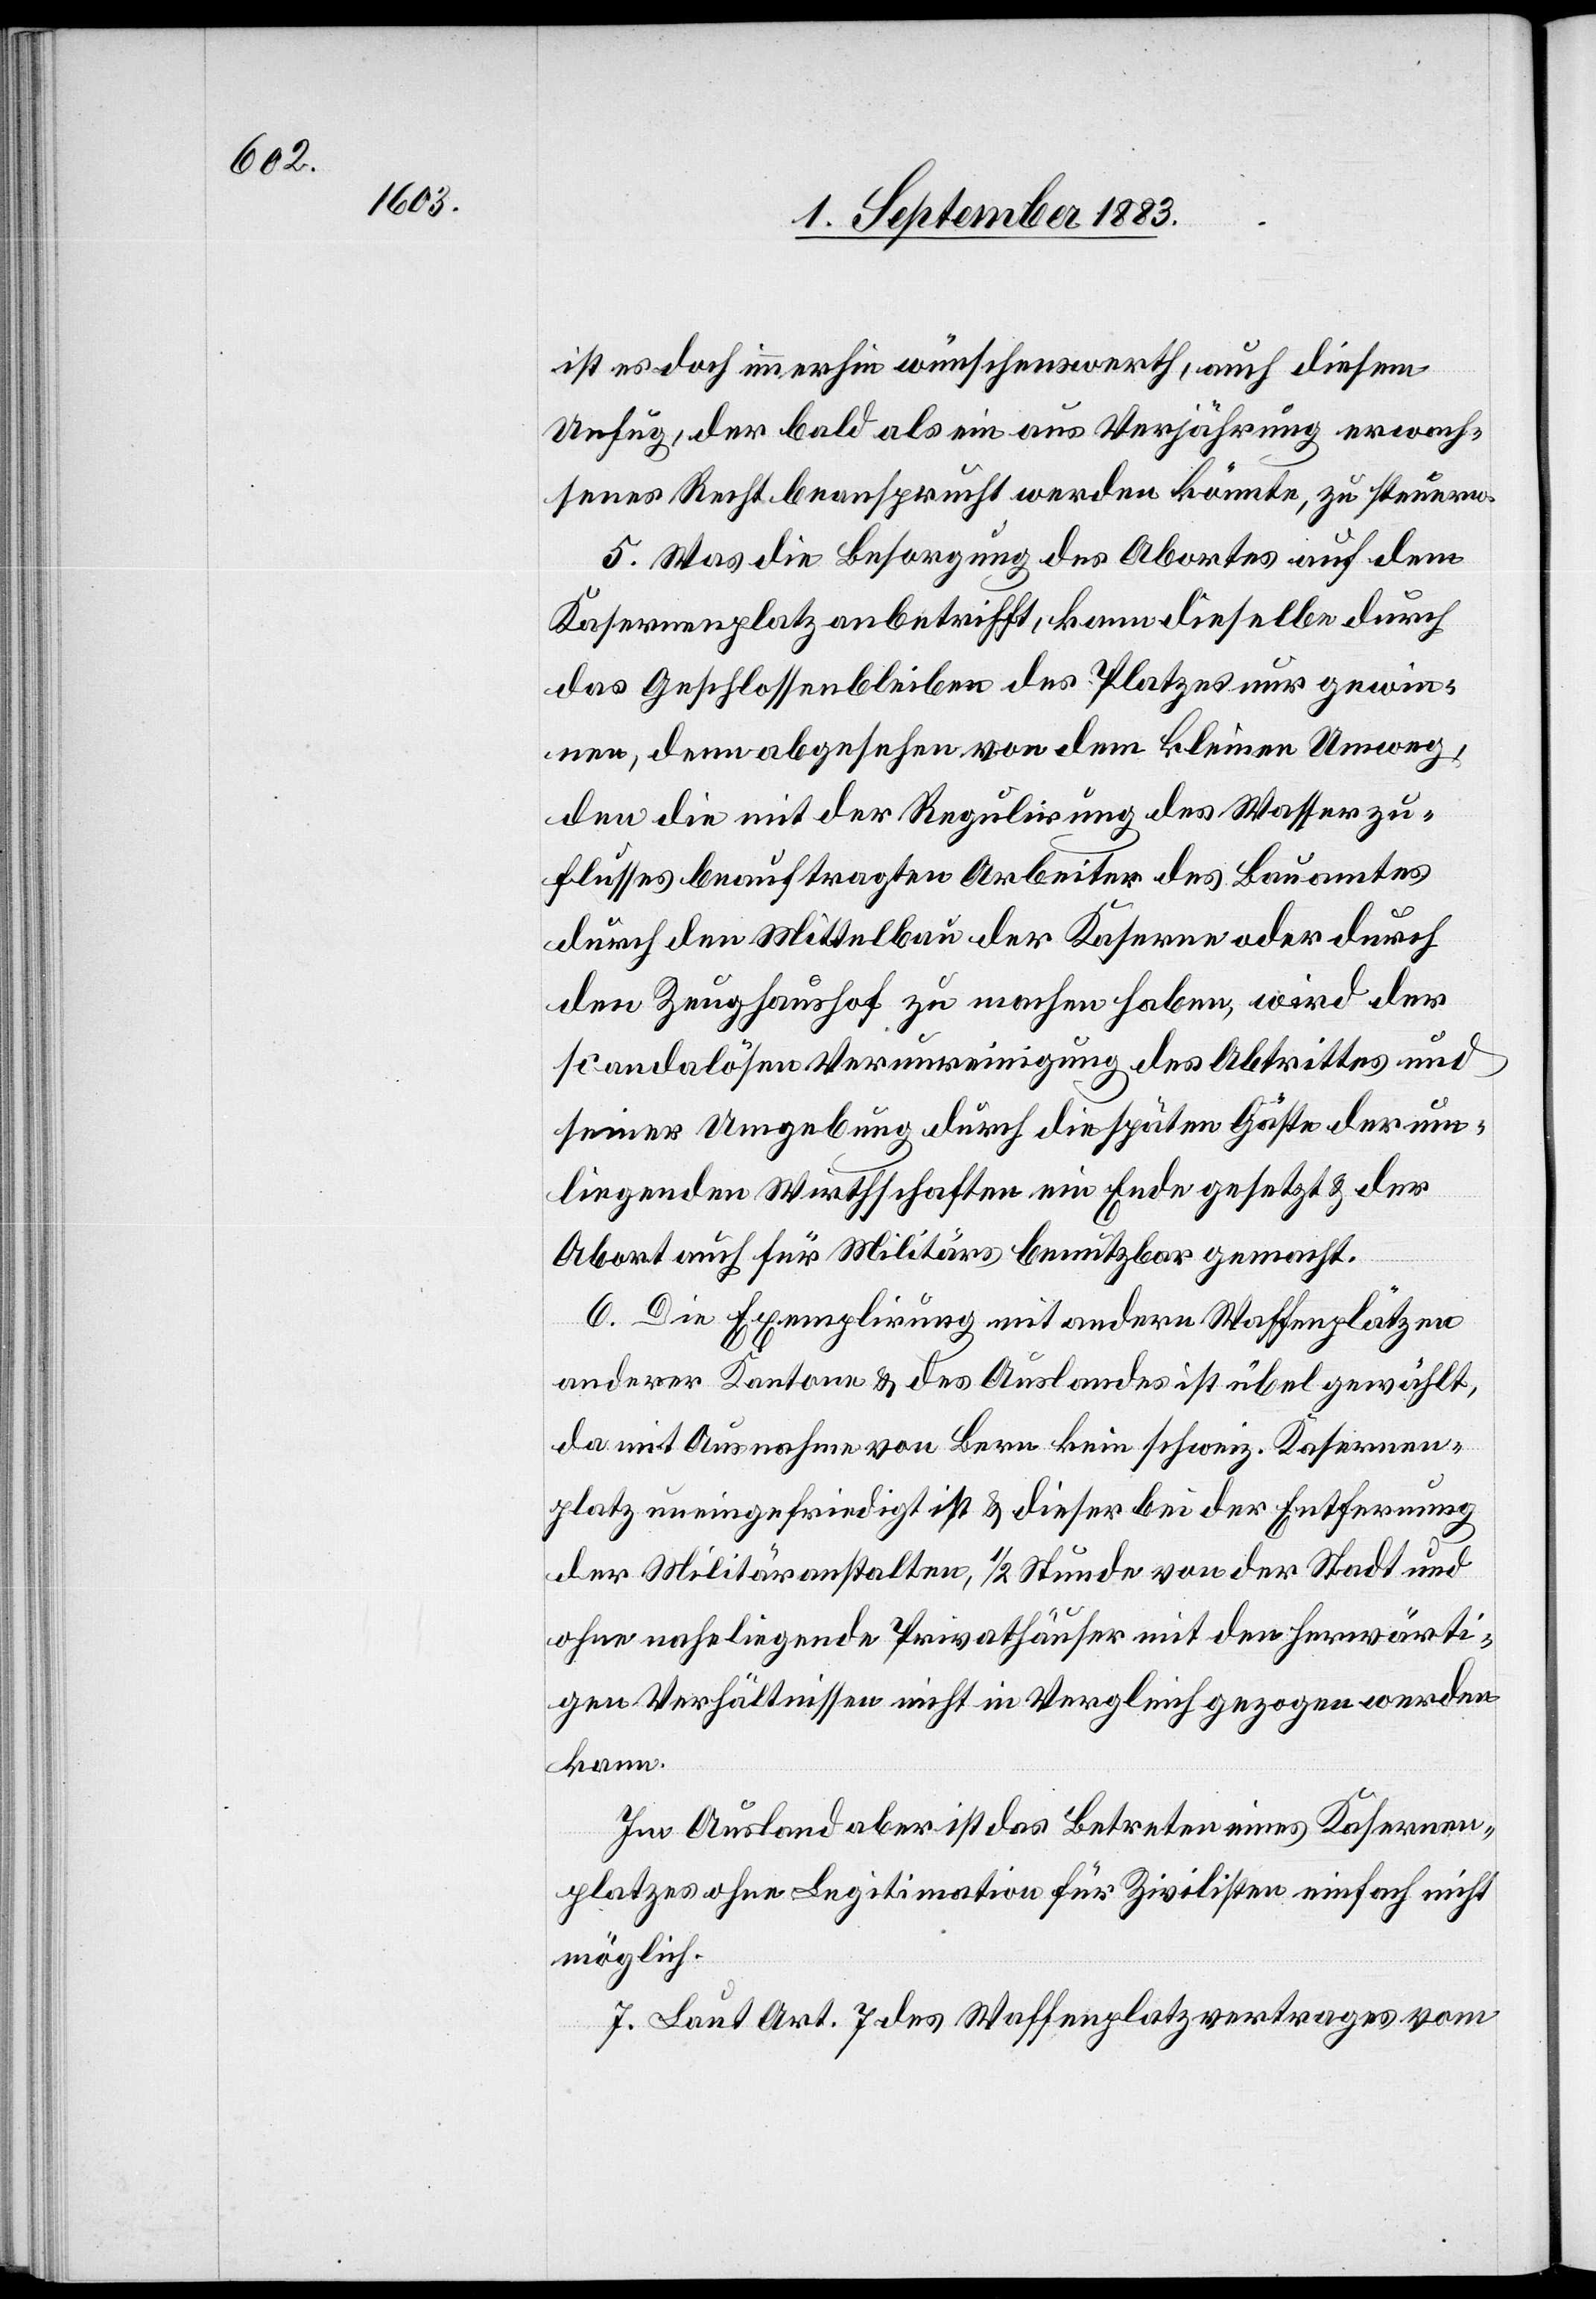
ist es doch immerhin wünschenswerth, auch diesem
Unfug, der bald als ein aus Verjährung erwach¬
senes Recht beansprucht werden könnte, zu steuern.
5. Was die Besorgung des Abortes auf dem
Kasernenplatz anbetrifft, kann dieselbe durch
das Geschlossenbleiben des Platzes nur gewin¬
nen, denn abgesehen von dem kleinen Umweg,
den die mit der Regulirung des Wasserzu¬
flusses beauftragten Arbeiter des Bauamtes
durch den Mittelbau der Kaserne oder durch
den Zeughaushof zu machen haben, wird der
scandalösen Verunreinigung des Abtrittes und
seiner Umgebung durch die späten Gäste der um¬
liegenden Wirthschaften ein Ende gesetzt & der
Abort auch für Militärs benutzbar gemacht.
6. Die Exemplirung mit andern Waffenplätzen
anderer Kantone & des Auslandes ist übel gewählt,
da mit Ausnahme von Bern kein schweiz. Kasernen¬
platz uneingefriedigt ist & dieser bei der Entfernung
der Militäranstalten, 1/2 Stunde von der Stadt und
ohne naheliegende Privathäuser mit den herwärti¬
gen Verhältnissen nicht in Vergleich gezogen werden
kann.
Im Ausland aber ist das Betreten eines Kasernen¬
platzes ohne Legitimation für Zivilisten einfach nicht
möglich.
7. Laut Art. 7 des Waffenplatzvertrages vom